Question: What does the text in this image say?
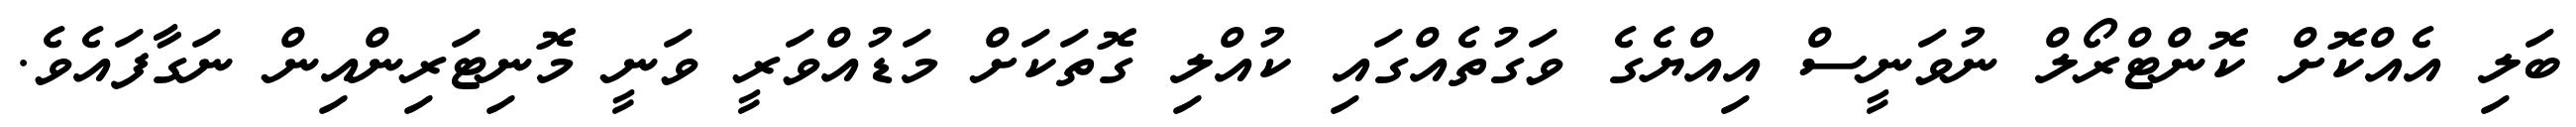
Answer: ބަލި އެއްކޮށް ކޮންޓްރޯލް ނުވަނީސް އިއްޔެގެ ވަގުތެއްގައި ކުއްލި ގޮތަކަށް މަޑުއްވަރީ ވަނީ މޮނިޓަރިންއިން ނަގާފައެވެ.